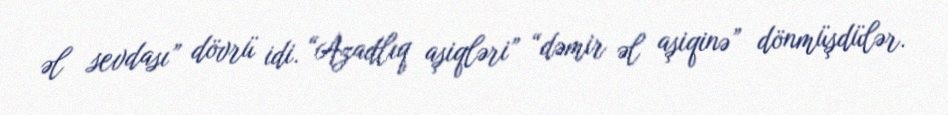
əl sevdası” dövrü idi. “Azadlıq aşiqləri” “dəmir əl aşiqinə” dönmüşdülər.